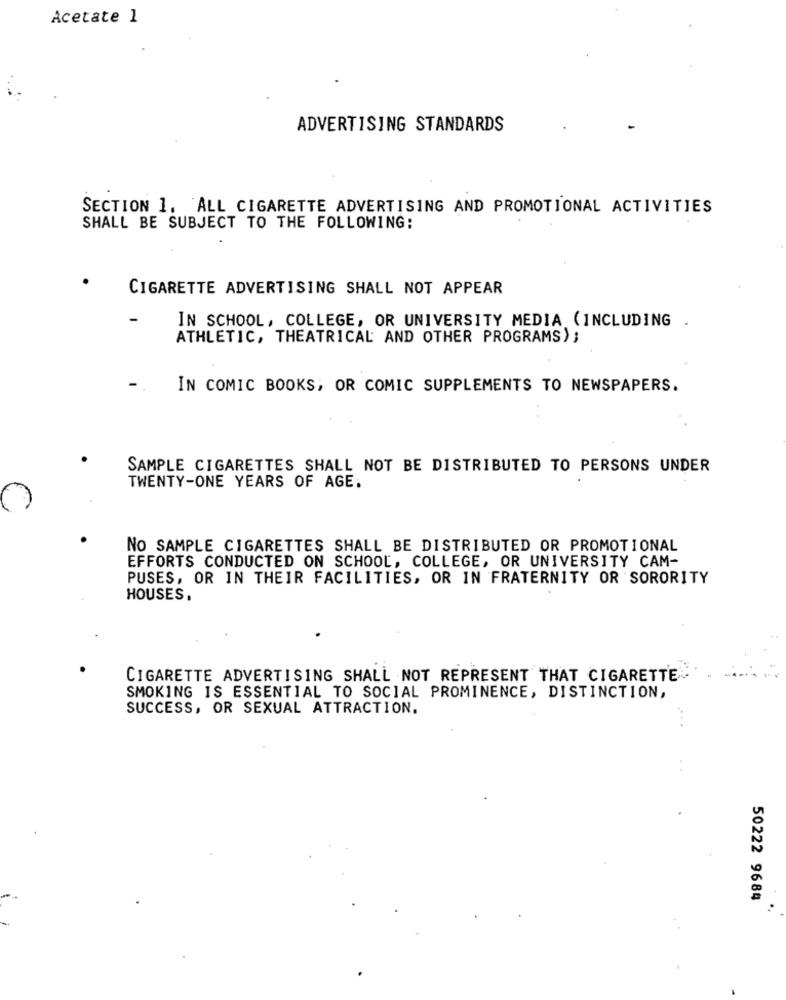
Acetate 1
ADVERTISING STANDARDS
SECTION 1. ALL CIGARETTE ADVERTISING AND PROMOTIONAL ACTIVITIES
SHALL BE SUBJECT TO THE FOLLOWING:
CIGARETTE ADVERTISING SHALL NOT APPEAR
IN SCHOOL, COLLEGE, OR UNIVERSITY MEDIA (INCLUDING .
ATHLETIC, THEATRICAL AND OTHER PROGRAMS) ;
IN COMIC BOOKS; OR COMIC SUPPLEMENTS TO NEWSPAPERS.
SAMPLE CIGARETTES SHALL NOT BE DISTRIBUTED TO PERSONS UNDER
TWENTY-ONE YEARS OF AGE.
NO SAMPLE CIGARETTES SHALL BE DISTRIBUTED OR PROMOTIONAL
EFFORTS CONDUCTED ON SCHOOL, COLLEGE, OR UNIVERSITY CAM-
PUSES, OR IN THEIR FACILITIES, OR IN FRATERNITY OR SORORITY
HOUSES.
CIGARETTE ADVERTISING SHALL NOT REPRESENT THAT CIGARETTE
SMOKING IS ESSENTIAL TO SOCIAL PROMINENCE, DISTINCTION,
SUCCESS, OR SEXUAL ATTRACTION.
50222 9684